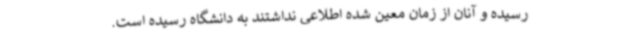
رسیده و آنان از زمان معین شده اطلاعی نداشتند به دانشگاه رسیده است.